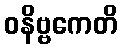
ဝနိဗ္ဗကေတိ